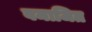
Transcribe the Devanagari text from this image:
वमाजित